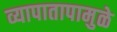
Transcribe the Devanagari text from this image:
व्यापातापामुळे